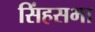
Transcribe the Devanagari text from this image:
सिंहसभा